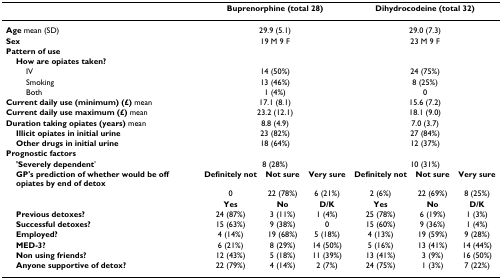
<table><thead><tr><td></td><td colspan="3"><b>Buprenorphine (total 28)</b></td><td colspan="3"><b>Dihydrocodeine (total 32)</b></td></tr></thead><tbody><tr><td><b>Age </b>mean (SD)</td><td colspan="3">29.9 (5.1)</td><td colspan="3">29.0 (7.3)</td></tr><tr><td><b>Sex</b></td><td colspan="3">19 M 9 F</td><td colspan="3">23 M 9 F</td></tr><tr><td colspan="7"><b>Pattern of use</b></td></tr><tr><td> <b>How are opiates taken?</b></td><td></td><td></td><td></td><td></td><td></td><td></td></tr><tr><td>IV</td><td colspan="3">14 (50%)</td><td colspan="3">24 (75%)</td></tr><tr><td>Smoking</td><td colspan="3">13 (46%)</td><td colspan="3">8 (25%)</td></tr><tr><td>Both</td><td colspan="3">1 (4%)</td><td colspan="3">0</td></tr><tr><td><b>Current daily use (minimum) (£) </b>mean</td><td colspan="3">17.1 (8.1)</td><td colspan="3">15.6 (7.2)</td></tr><tr><td><b>Current daily use maximum (£) </b>mean</td><td colspan="3">23.2 (12.1)</td><td colspan="3">18.1 (9.0)</td></tr><tr><td><b>Duration taking opiates (years) </b>mean</td><td colspan="3">8.8 (4.9)</td><td colspan="3">7.0 (3.7)</td></tr><tr><td> <b>Illicit opiates in initial urine</b></td><td colspan="3">23 (82%)</td><td colspan="3">27 (84%)</td></tr><tr><td> <b>Other drugs in initial urine</b></td><td colspan="3">18 (64%)</td><td colspan="3">12 (37%)</td></tr><tr><td colspan="7"><b>Prognostic factors</b></td></tr><tr><td> <b>&#x27;Severely dependent</b>&#x27;</td><td colspan="3">8 (28%)</td><td colspan="3">10 (31%)</td></tr><tr><td> <b>GP&#x27;s prediction of whether would be off opiates by end of detox</b></td><td><b>Definitely not</b></td><td><b>Not sure</b></td><td><b>Very sure</b></td><td><b>Definitely not</b></td><td><b>Not sure</b></td><td><b>Very sure</b></td></tr><tr><td></td><td>0</td><td>22 (78%)</td><td>6 (21%)</td><td>2 (6%)</td><td>22 (69%)</td><td>8 (25%)</td></tr><tr><td></td><td><b>Yes</b></td><td><b>No</b></td><td><b>D/K</b></td><td><b>Yes</b></td><td><b>No</b></td><td><b>D/K</b></td></tr><tr><td> <b>Previous detoxes?</b></td><td>24 (87%)</td><td>3 (11%)</td><td>1 (4%)</td><td>25 (78%)</td><td>6 (19%)</td><td>1 (3%)</td></tr><tr><td> <b>Successful detoxes?</b></td><td>15 (63%)</td><td>9 (38%)</td><td>0</td><td>15 (60%)</td><td>9 (36%)</td><td>1 (4%)</td></tr><tr><td> <b>Employed?</b></td><td>4 (14%)</td><td>19 (68%)</td><td>5 (18%)</td><td>4 (13%)</td><td>19 (59%)</td><td>9 (28%)</td></tr><tr><td> <b>MED-3?</b></td><td>6 (21%)</td><td>8 (29%)</td><td>14 (50%)</td><td>5 (16%)</td><td>13 (41%)</td><td>14 (44%)</td></tr><tr><td> <b>Non using friends?</b></td><td>12 (43%)</td><td>5 (18%)</td><td>11 (39%)</td><td>13 (41%)</td><td>3 (9%)</td><td>16 (50%)</td></tr><tr><td> <b>Anyone supportive of detox?</b></td><td>22 (79%)</td><td>4 (14%)</td><td>2 (7%)</td><td>24 (75%)</td><td>1 (3%)</td><td>7 (22%)</td></tr></tbody></table>